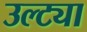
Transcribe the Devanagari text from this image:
उल्ट्या